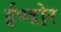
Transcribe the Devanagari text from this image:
ईण्डोर